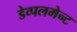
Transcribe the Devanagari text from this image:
डेव्पलमेन्ट